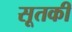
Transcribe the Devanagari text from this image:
सूतकी